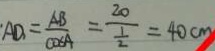
A D = \frac { A B } { \cos A } = \frac { 2 0 } { \frac { 1 } { 2 } } = 4 0 c m